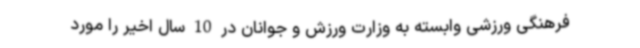
فرهنگی ورزشی وابسته به وزارت ورزش و جوانان در 10 سال اخیر را مورد